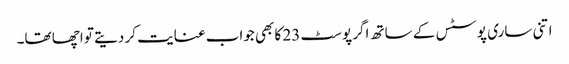
اتنی ساری پوسٹس کے ساتھ اگر پوسٹ 23 کا بھی جواب عنایت کر دیتے تو اچھا تھا۔